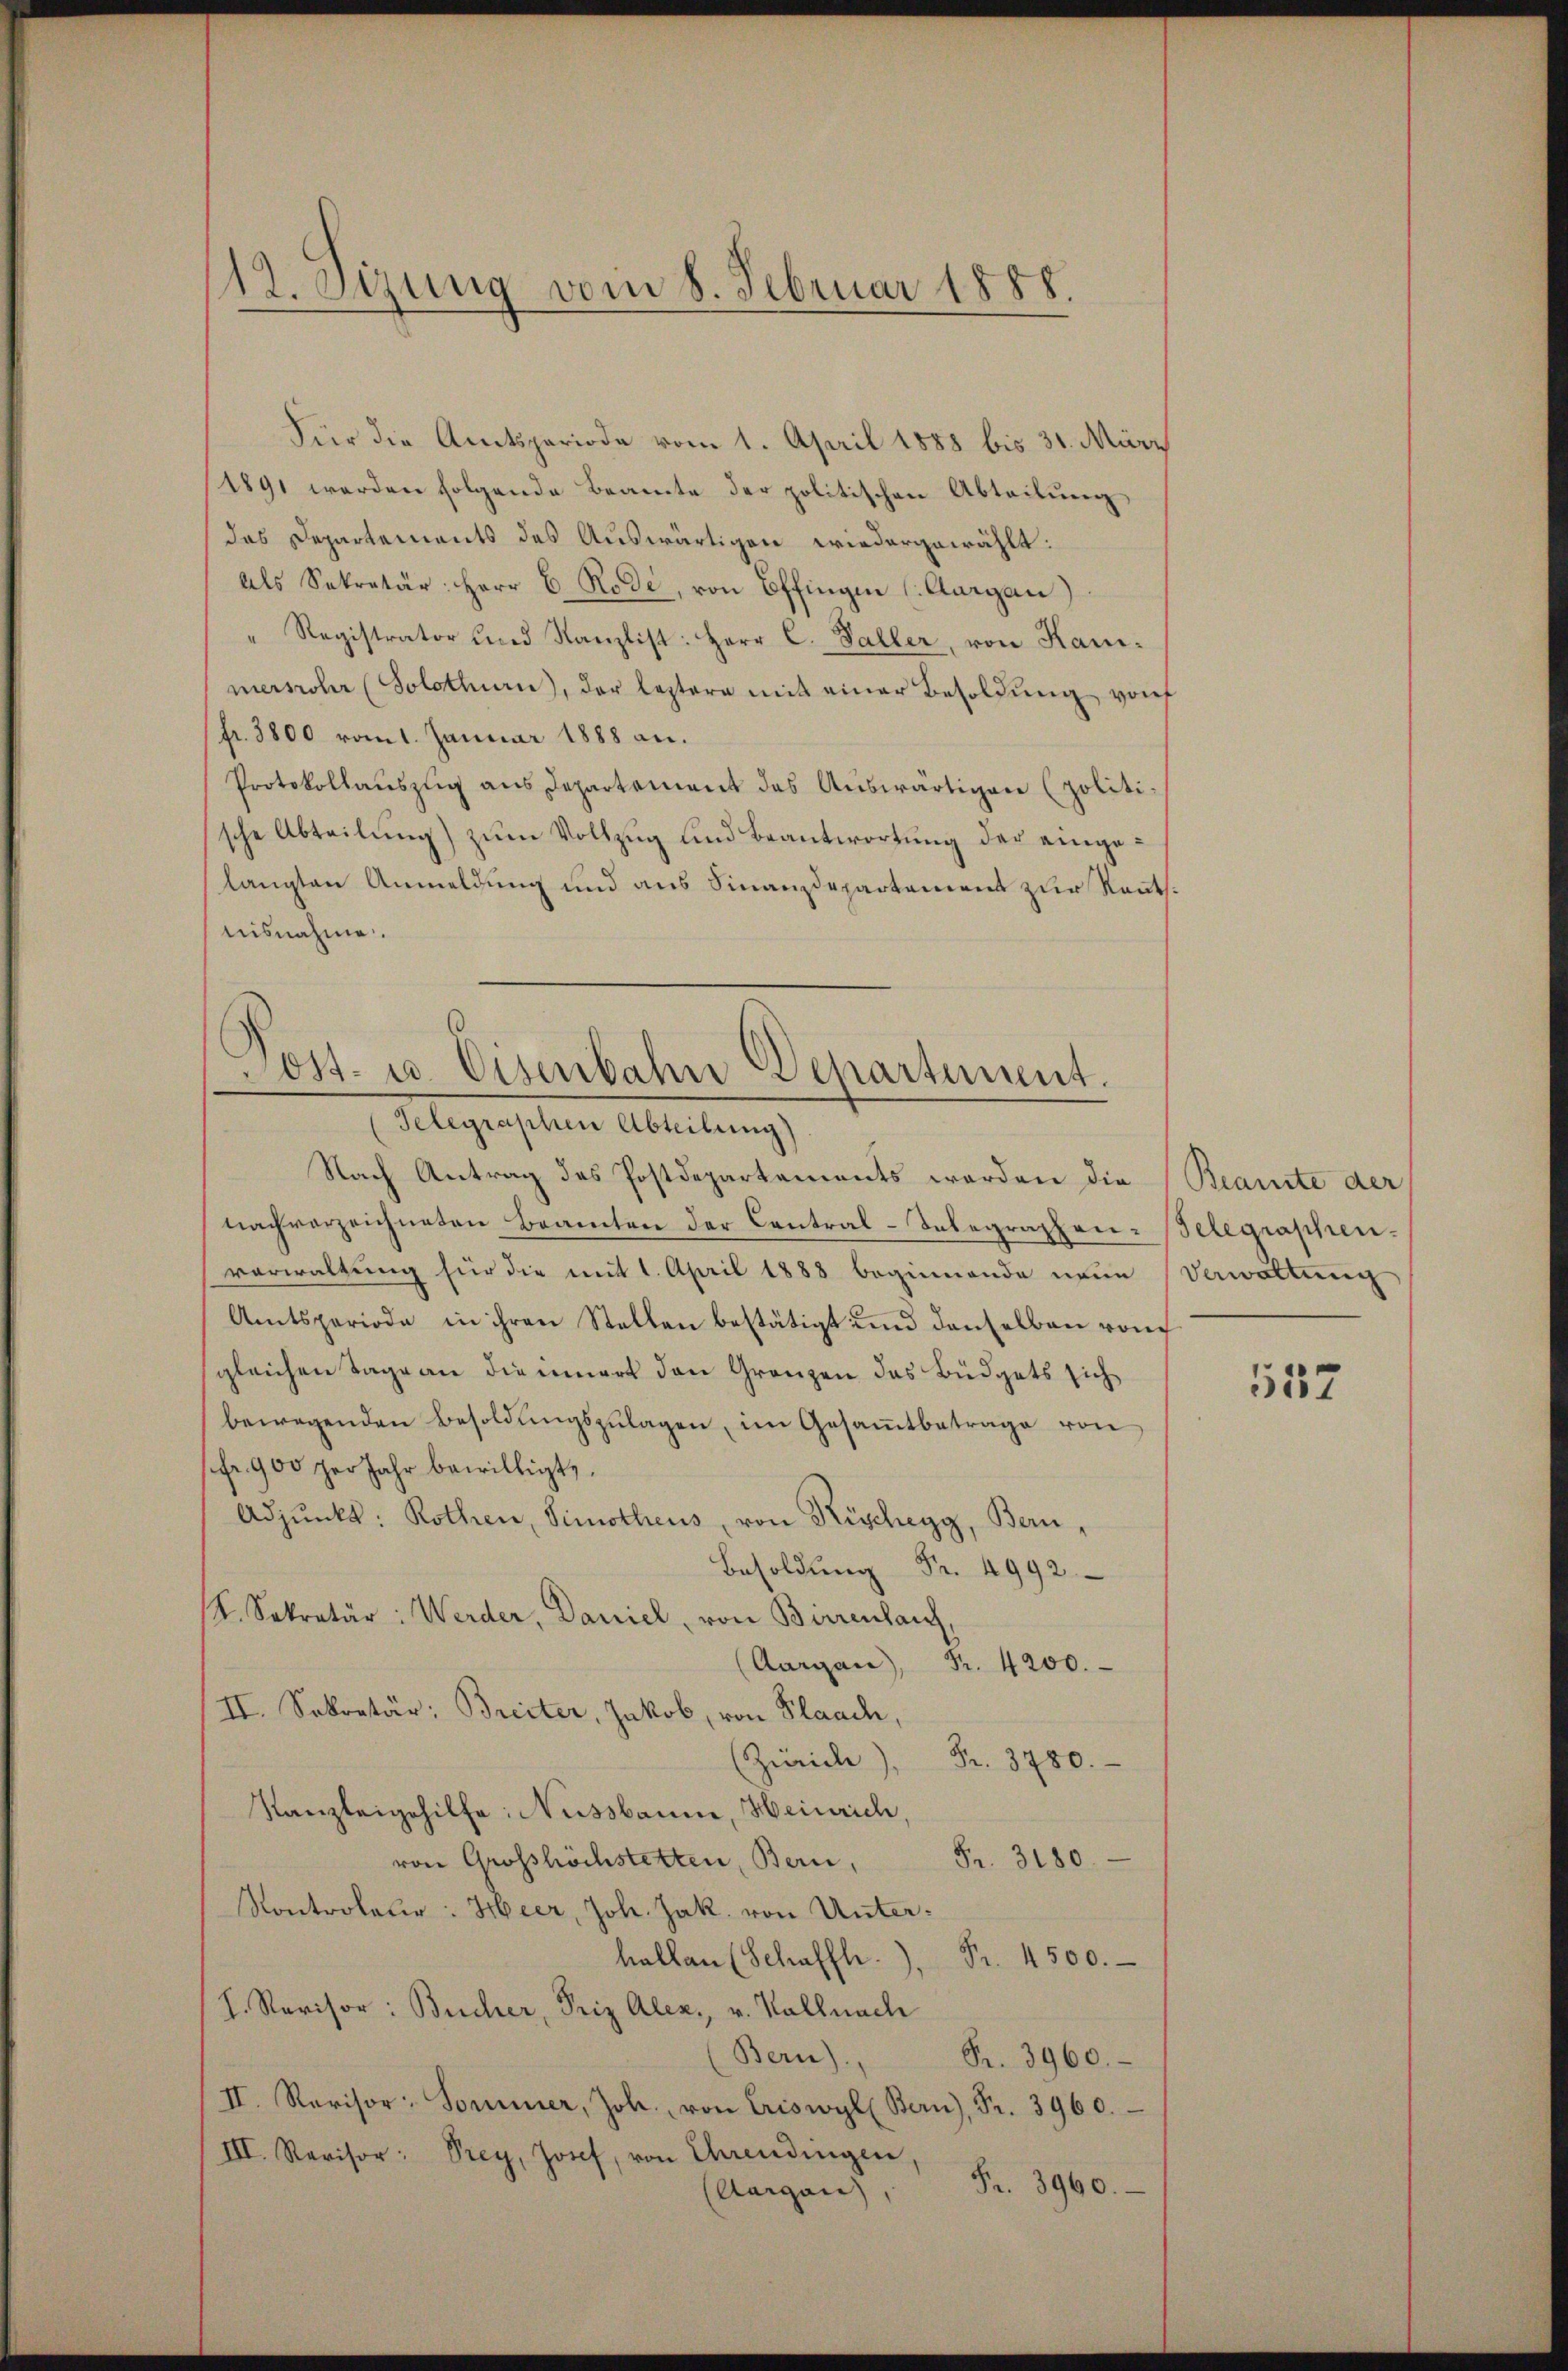
12. Sizung vom 8. Februar 1888.

Für die Amtsperiode vom 1. April 1888 bis 31. März
1891 werden folgende Beamte der politischen Abteilung
das Departements des Auswärtigen wiedergewählt:
Als Sekretär: Herr C. Rode, von Offingen (Aargau)
" Registrator und Kanzlist: Herr C. Faller, von Kanmernrohr (Solothurn, der leztere mit einer Besoldung von
fr. 3800 vom 1. Januar 1888 an.
Protokollauszug aus Departement des Auswärtigen (politi-
sche Abteilung) zum Vollzug und Beantwortung der eingelangten Anmeldung und aus Finanzdepartement zur Rentnisnahme.

Post- u. Eisenbahn Departement.
(Telegraphen Abteilung)

Nach Antrag des Postdepartements worden die Beamte der
nachverzeichneten Beamten der Contral-Selegraphen-Selegraphen.
vorwaltung für die mit 1. April 1888 beginnende neue Verwaltung
Amtsperiode in ihren Stellen bestätigt und denselben von
gleichen Tage an die innert den Gränzen das Büdgets sich
bewegenden Besoldŭngszŭlagen, im Gesamtbetrage von
sfr. 900 per Jahr bewilligt.
Adjunkt: Rothen, Simotheus, von Rischegg, Bern,
.499
V. Sekretär: Werder, Daniel, von Birrenhaus,
(Aargau Fr. 4200.
II. Sekretär: Breiter, Jakob, von Flaach,
(Zürich Fr. 3780.
Kanzleigehilfe: Nussbaum, Heinrich
von Grosshöchstetten, Bern, Fr. 3180.
Kontroleur: Heer, Joh. Jak. von Unterhallen (Schaffh.) Fr. 4500.
h. Revisor: Bücher, Friz Alex., v. Kallnach
(Bern).
Fr. 3960.
II. Revisor Sommer, Joh. von Criswyl (Bern), Fr. 3960.
III. Revisor: Prey, Josef, von Ehrendingen,
Fr. 3960.
(Aargau),

557